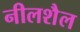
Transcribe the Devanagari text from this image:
नीलशैल